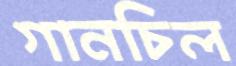
গানচিল